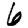
Digit: 6